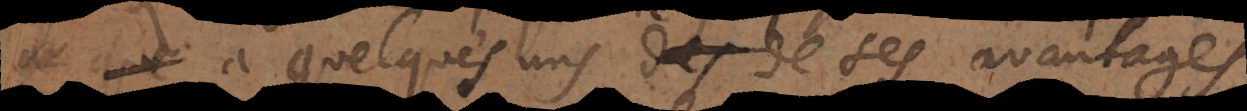
a quelques uns de ces avantages